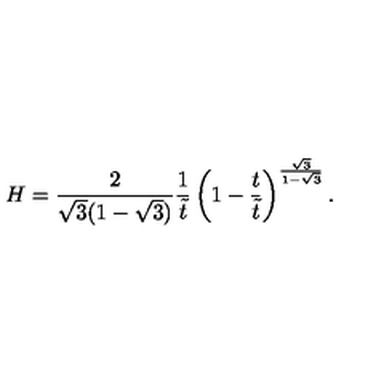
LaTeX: H = \frac { 2 } { \sqrt { 3 } ( 1 - \sqrt { 3 } ) } \frac { 1 } { \tilde { t } } \left( 1 - \frac { t } { \tilde { t } } \right) ^ { \frac { \sqrt { 3 } } { 1 - \sqrt { 3 } } } .